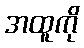
အထူကို